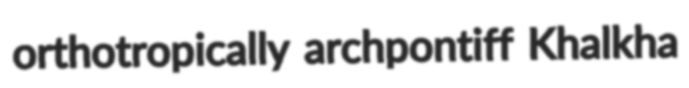
orthotropically archpontiff Khalkha